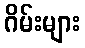
ဂိမ်းများ